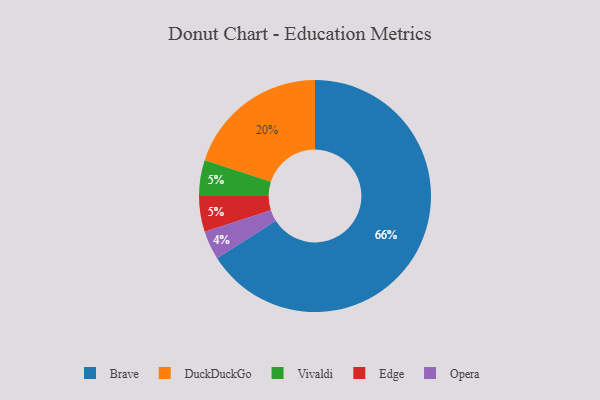
{"axis": {"x": "Category", "y": "Percentage"}, "legend": ["Brave", "DuckDuckGo", "Edge", "Opera", "Vivaldi"], "data": [{"x": "Vivaldi", "y": 5, "type": "Vivaldi"}, {"x": "Brave", "y": 66, "type": "Brave"}, {"x": "Opera", "y": 4, "type": "Opera"}, {"x": "DuckDuckGo", "y": 20, "type": "DuckDuckGo"}, {"x": "Edge", "y": 5, "type": "Edge"}]}